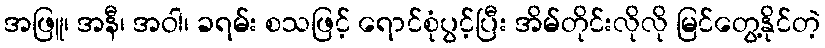
အဖြူ၊ အနီ၊ အဝါ၊ ခရမ်း စသဖြင့် ရောင်စုံပွင့်ပြီး အိမ်တိုင်းလိုလို မြင်တွေ့နိုင်တဲ့